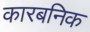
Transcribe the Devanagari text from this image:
कारबनिक